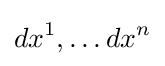
dx^{1},\ldots dx^{n}